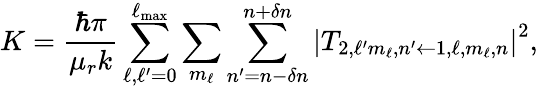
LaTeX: K=\frac{\hbar\pi}{\mu_{r}k}\sum_{\ell,\ell^{\prime}=0}^{\ell_{\mathrm{max}}}\sum_{m_{\ell}}\sum_{n^{\prime}=n-\delta n}^{n+\delta n}\left|T_{2,\ell^{\prime}m_{\ell},n^{\prime}\leftarrow 1,\ell,m_{\ell},n}\right|^{2},